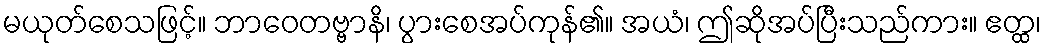
မယုတ်စေသဖြင့်။ ဘာဝေတဗ္ဗာနိ၊ ပွားစေအပ်ကုန်၏။ အယံ၊ ဤဆိုအပ်ပြီးသည်ကား။ ဧတ္ထ၊